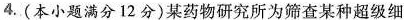
4.(本小题满分12分)某药物研究所为筛查某种超级细